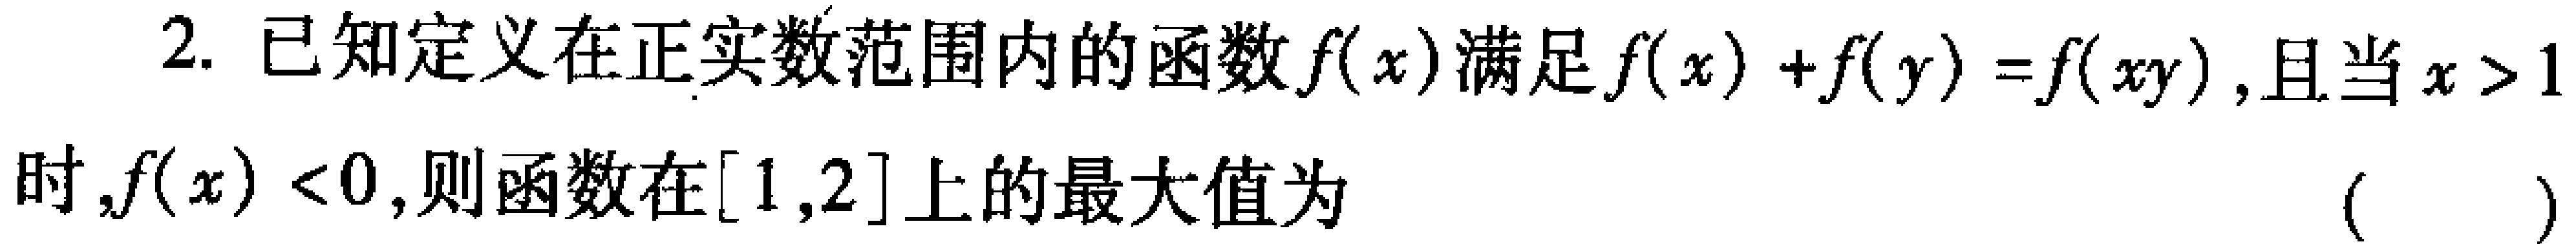
2. 已知定义在正实数范围内的函数\(f(x)\)满足\(f(x)+f(y)=f(xy)\)，且当\(x > 1\)时，\(f(x)<0\)，则函数在\([1,2]\)上的最大值为  （  ）